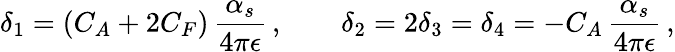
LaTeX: \delta_{1}=(C_{A}+2C_{F})\, \frac{\alpha_{s}}{4\pi\epsilon}\, ,\qquad\delta_{2}=2\delta_{3}=\delta_{4}=-C_{A}\, \frac{\alpha_{s}}{4\pi\epsilon}\, ,